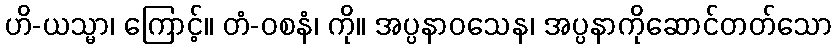
ဟိ-ယသ္မာ၊ ကြောင့်။ တံ-ဝစနံ၊ ကို။ အပ္ပနာဝသေန၊ အပ္ပနာကိုဆောင်တတ်သော